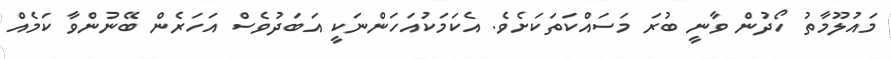
މައުލޫމާތު ހޯދުން ވާނީ ބުރަ މަސައްކަތަކަށެވެ. އެކަމަކުއަހަންނަކީ އަބަދުވެސް އަހަރެން ބޭނުންވާ ކަމެއް